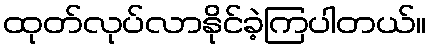
ထုတ်လုပ်လာနိုင်ခဲ့ကြပါတယ်။